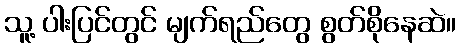
သူ့ ပါးပြင်တွင် မျက်ရည်တွေ စွတ်စိုနေဆဲ။